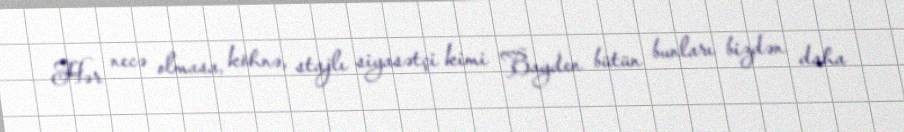
Hər necə olmasa, köhnə, stajlı siyasətçi kimi Bayden bütün bunları bizdən daha